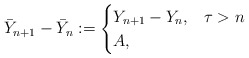
\begin{align*} \bar Y_{n+1} -\bar Y_n :=\begin{cases} Y_{n+1} -Y_n,& \tau >n\\ A,& \end{cases}\end{align*}